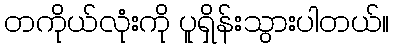
တကိုယ်လုံးကို ပူရှိန်းသွားပါတယ်။